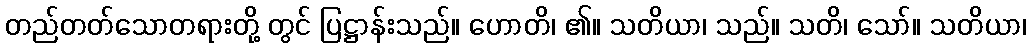
တည်တတ်သောတရားတို့ တွင် ပြဋ္ဌာန်းသည်။ ဟောတိ၊ ၏။ သတိယာ၊ သည်။ သတိ၊ သော်။ သတိယာ၊